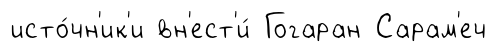
исто́чн'ик'и вн'ест'и́ Гогаран Сарам'еч